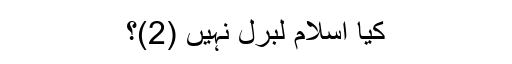
کیا اسلام لبرل نہیں (2)؟